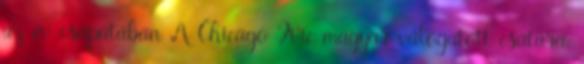
az év csapatában A Chicago Fire magyar válogatott csatára,